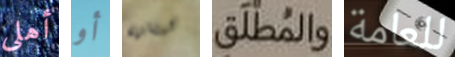
أهلي أو لبنانية والمطلق للعامة